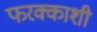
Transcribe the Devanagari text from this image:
फरक्काशी